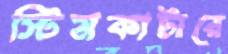
স্টিমকাটারে